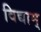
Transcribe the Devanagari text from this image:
विद्याम्